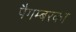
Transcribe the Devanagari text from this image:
पैगम्बरका